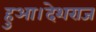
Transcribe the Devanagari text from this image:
हुआ।देशराज